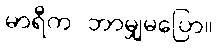
မာရီက ဘာမျှမပြော။